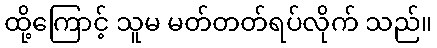
ထို့ကြောင့် သူမ မတ်တတ်ရပ်လိုက် သည်။